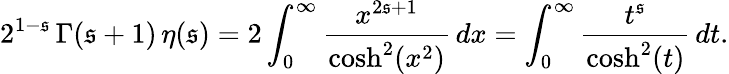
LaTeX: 2^{1-\mathfrak{s}}\, \Gamma(\mathfrak{s}+1)\, \eta(\mathfrak{s})=2\int_{0}^{\infty}{\frac{{x^{2\mathfrak{s}+1}}}{{\cosh^{2}(x^{2})}}}\, dx=\int_{0}^{\infty}{\frac{{t^{\mathfrak{s}}}}{{\cosh^{2}(t)}}}\, dt.